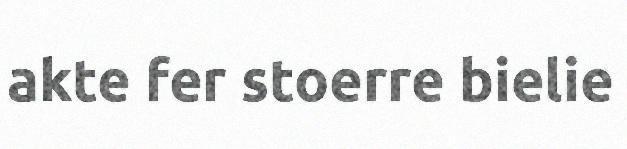
akte fer stoerre bielie